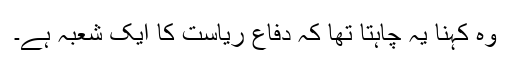
وہ کہنا یہ چاہتا تھا کہ دفاع ریاست کا ایک شعبہ ہے۔